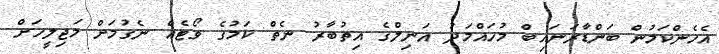
އެހެންކަމުން ބަންޑާރަނައިބް މުހައްމަދު އަނިލްގެ އިތުބާރު ނެތް ކަމުގެ ވޯޓެއް ނެގުމަށް މަޖިލީހަށް